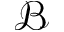
\mathcal { B }